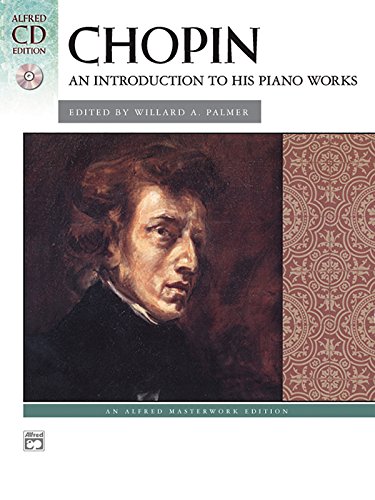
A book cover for Chopin: An Introduction to his Piano Works (Book & CD); Frederic Chopin; Humor & Entertainment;